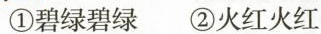
①碧绿碧绿 ②火红火红